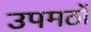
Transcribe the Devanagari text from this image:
उपमठों